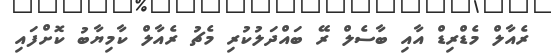
ރެއާލް މެޑްރިޑް އާއި ބާސެލް ރޭ ބައްދަލުކުރި މެޗު ރެއާލް ކާމިޔާބު ކޮށްފައި